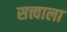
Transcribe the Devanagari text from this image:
सत्त्वाला